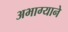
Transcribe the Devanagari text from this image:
अभाग्याने